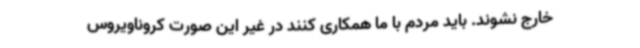
خارج نشوند. باید مردم با ما همکاری کنند در غیر این صورت کروناویروس